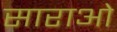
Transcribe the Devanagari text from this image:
साराओ